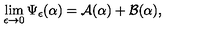
\lim _ { \epsilon \to 0 } \Psi _ { \epsilon } ( \alpha ) = { \cal A } ( \alpha ) + { \cal B } ( \alpha ) ,